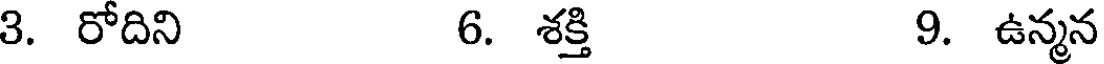
3. రోదిని 6. శక్తి 9. ఉన్మన